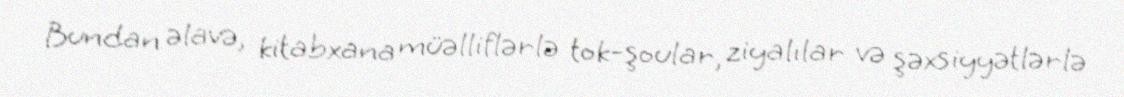
Bundan əlavə, kitabxana müəlliflərlə tok-şoular, ziyalılar və şəxsiyyətlərlə